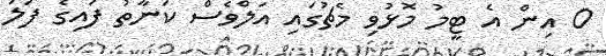
0 އިން އެ ޓީމު މޮޅުވި މެޗުގައި އަލްވެސް ކަނާތު ފައިގެ ފަލަ